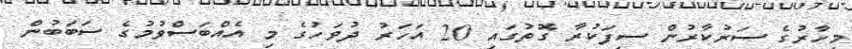
މިހާރުގެ ސަރުކާރުން ސިފަކުރާ ގޮތުގައި 20 އަހަރު ދުވަހުގެ މި އެއްބަސްވުމުގެ ސަބަބުން